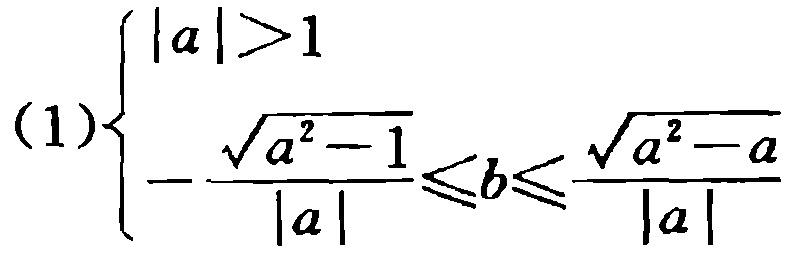
\((1)\begin{cases}
|a|>1\\
-\frac{\sqrt{a^{2}-1}}{|a|}\leqslant b\leqslant\frac{\sqrt{a^{2}-a}}{|a|}
\end{cases}\)